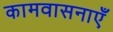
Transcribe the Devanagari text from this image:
कामवासनाएँ